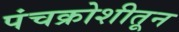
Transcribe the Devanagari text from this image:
पंचक्रोशीतून